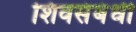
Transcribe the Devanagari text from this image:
शिवसंबंधी